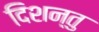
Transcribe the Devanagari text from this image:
दिशन्तु